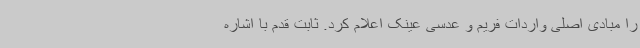
را مبادی اصلی واردات فریم و عدسی عینک اعلام کرد. ثابت قدم با اشاره